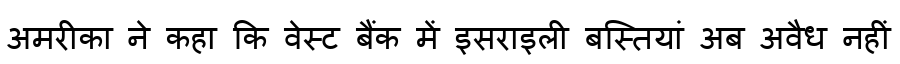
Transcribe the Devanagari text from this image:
अमरीका ने कहा कि वेस्ट बैंक में इसराइली बस्तियां अब अवैध नहीं